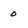
Character: 0